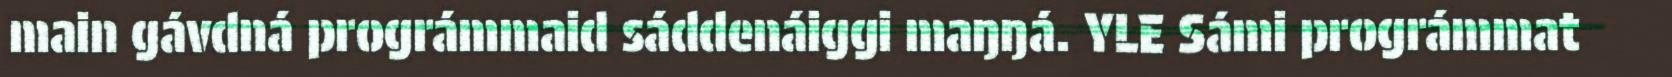
main gávdná prográmmaid sáddenáiggi maŋŋá. YLE Sámi prográmmat